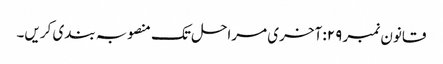
قانون نمبر ۲۹: آخری مراحل تک منصوبہ بندی کریں۔